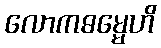
လောကဓမ္မေဟိ